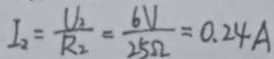
I _ { 2 } = \frac { U _ { 2 } } { R _ { 2 } } = \frac { 6 V } { 2 5 \Omega } = 0 . 2 4 A